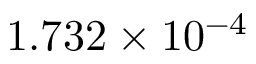
1 . 7 3 2 \times 1 0 ^ { - 4 }